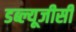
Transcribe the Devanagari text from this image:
डब्ल्यूजीसी